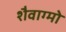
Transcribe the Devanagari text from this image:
शैवाग्मो